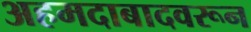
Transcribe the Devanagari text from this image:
अहमदाबादवरून